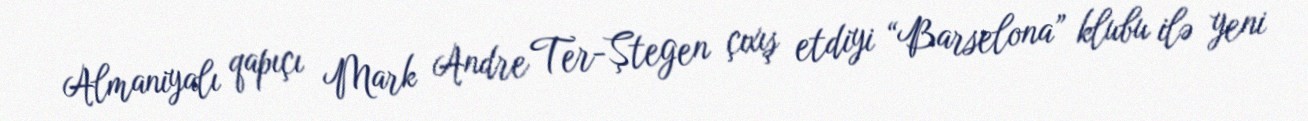
Almaniyalı qapıçı Mark Andre Ter-Ştegen çıxış etdiyi “Barselona” klubu ilə yeni